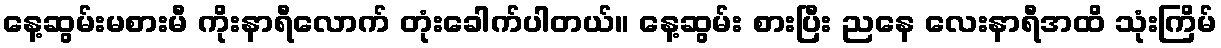
နေ့ဆွမ်းမစားမီ ကိုးနာရီလောက် တုံးခေါက်ပါတယ်။ နေ့ဆွမ်း စားပြီး ညနေ လေးနာရီအထိ သုံးကြိမ်